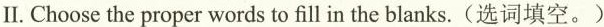
Ⅱ.Choose the proper words to fill in the blanks.(选词填空。)